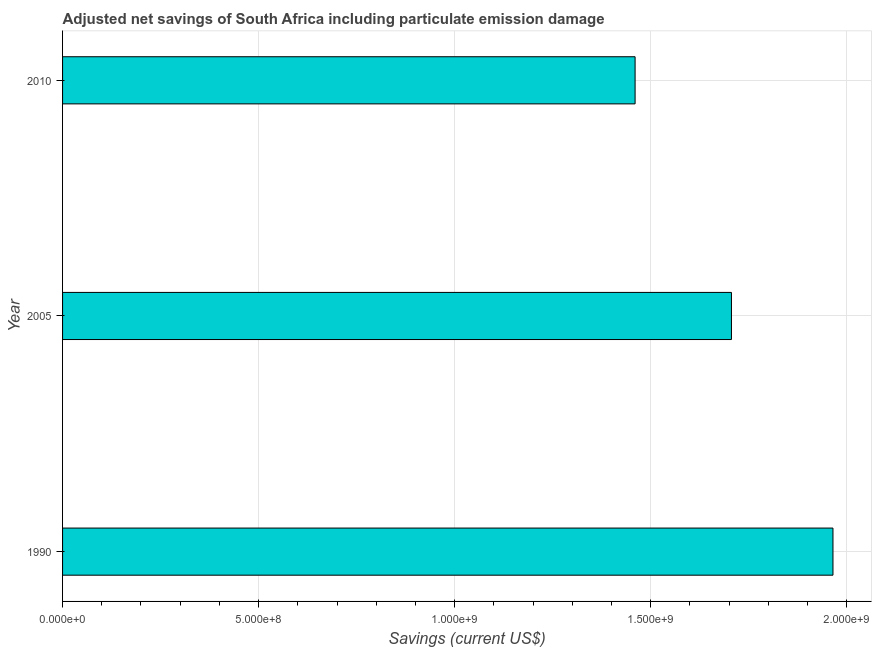
| Year | Adjusted savings: particulate emission damage (current US$) |
 | --- | --- |
 | 1990 | 1.96e+09 |
 | 2005 | 1.71e+09 |
 | 2010 | 1.46e+09 |